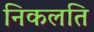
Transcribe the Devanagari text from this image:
निकलति